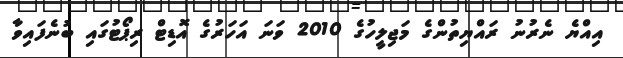
އިއްޔެ ނެރުނު ރައްޔިތުންގެ މަޖިލީހުގެ 2010 ވަނަ އަހަރުގެ އޮޑިޓް ރިޕޯޓުގައި ބުނެފައިވާ